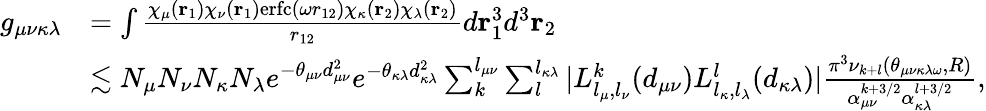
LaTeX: \begin{array}{rl}{g_{\mu\nu\kappa\lambda}}&{=\int\frac{\chi_{\mu}(\mathbf{r}_{1})\chi_{\nu}(\mathbf{r}_{1})\mathrm{erfc}(\omega r_{12})\chi_{\kappa}(\mathbf{r}_{2})\chi_{\lambda}(\mathbf{r}_{2})}{r_{12}}d\mathbf{r}_{1}^{3}d^{3}\mathbf{r}_{2}}\\ &{\lesssim N_{\mu}N_{\nu}N_{\kappa}N_{\lambda}e^{-\theta_{\mu\nu}d_{\mu\nu}^{2}}e^{-\theta_{\kappa\lambda}d_{\kappa\lambda}^{2}}\sum_{k}^{l_{\mu\nu}}\sum_{l}^{l_{\kappa\lambda}}|L_{l_{\mu},l_{\nu}}^{k}(d_{\mu\nu})L_{l_{\kappa},l_{\lambda}}^{l}(d_{\kappa\lambda})|\frac{\pi^{3}\nu_{k+l}(\theta_{\mu\nu\kappa\lambda\omega},R)}{\alpha_{\mu\nu}^{k+3/2}\alpha_{\kappa\lambda}^{l+3/2}},}\end{array}